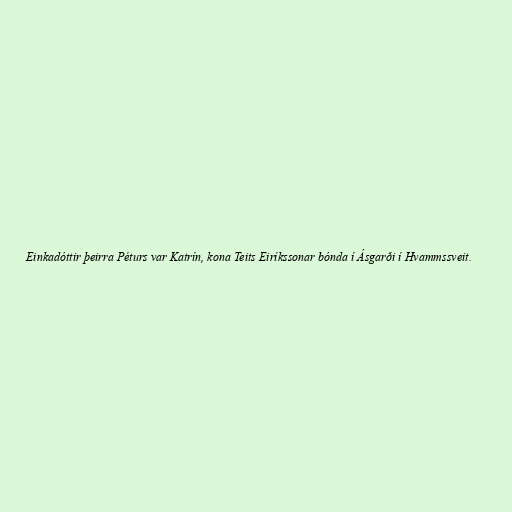
Einkadóttir þeirra Péturs var Katrín, kona Teits Eiríkssonar bónda í Ásgarði í Hvammssveit.